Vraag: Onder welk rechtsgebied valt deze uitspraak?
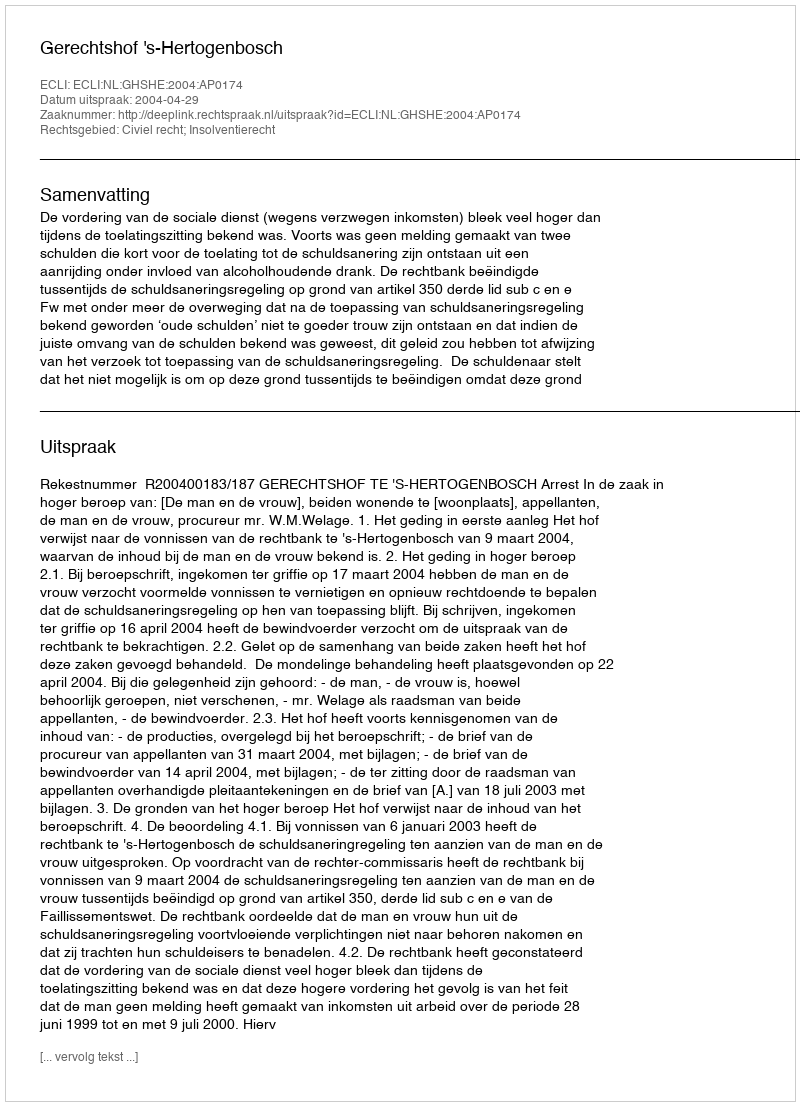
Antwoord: Civiel recht; Insolventierecht